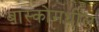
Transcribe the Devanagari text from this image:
बास्कोमधील